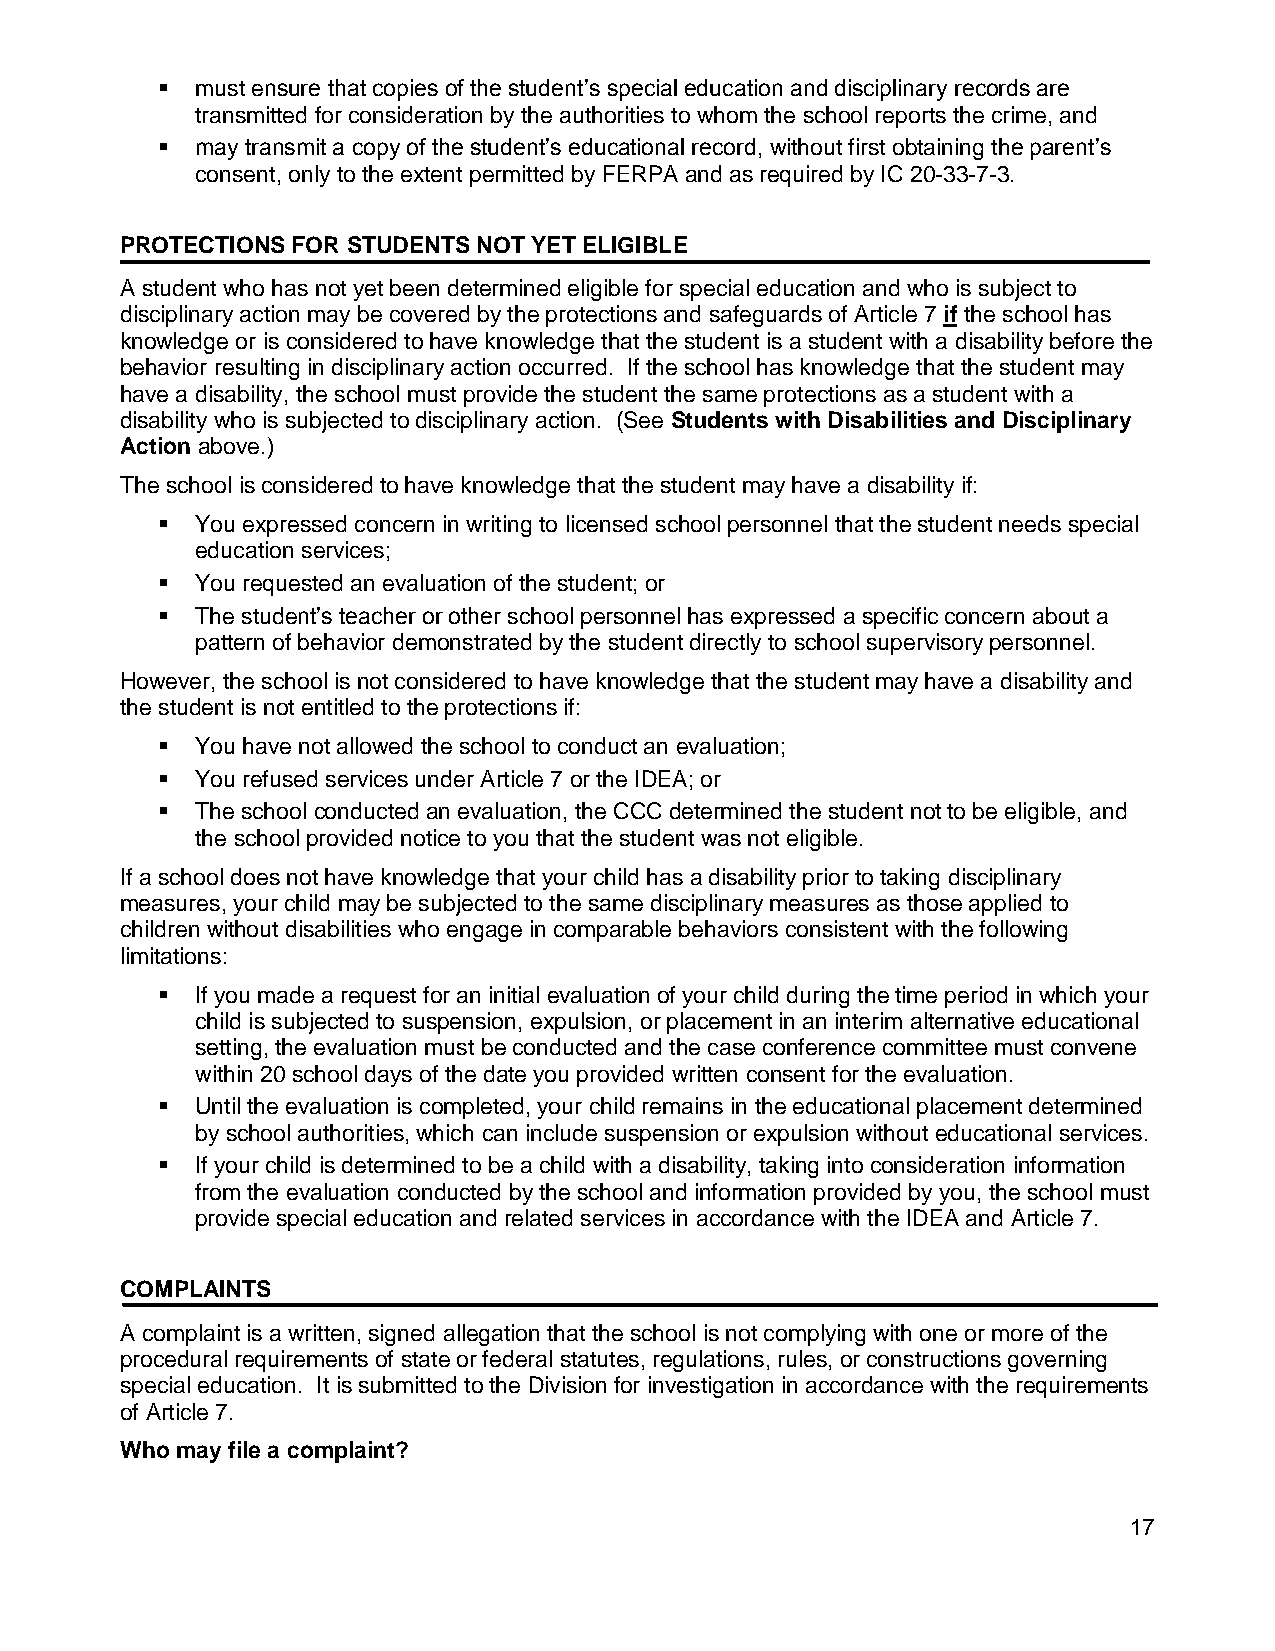
  must ensure that copies of the student’s special education and disciplinary records are
 transmitted for consideration by the authorities to whom the school reports the crime, and
   may transmit a copy of the student’s educational record, without first obtaining the parent’s
 consent, only to the extent permitted by FERPA and as required by IC 20-33-7-3.
 PROTECTIONS FOR STUDENTS NOT YET ELIGIBLE
 A student who has not yet been determined eligible for special education and who is subject to
 disciplinary action may be covered by the protections and safeguards of Article 7 if the school has
 knowledge or is considered to have knowledge that the student is a student with a disability before the
 behavior resulting in disciplinary action occurred. If the school has knowledge that the student may
 have a disability, the school must provide the student the same protections as a student with a
 disability who is subjected to disciplinary action. (See Students with Disabilities and Disciplinary
 Action above.)
 The school is considered to have knowledge that the student may have a disability if:
   You expressed concern in writing to licensed school personnel that the student needs special
 education services;
   You requested an evaluation of the student; or
   The student’s teacher or other school personnel has expressed a specific concern about a
 pattern of behavior demonstrated by the student directly to school supervisory personnel.
 However, the school is not considered to have knowledge that the student may have a disability and
 the student is not entitled to the protections if:
   You have not allowed the school to conduct an evaluation;
   You refused services under Article 7 or the IDEA; or
   The school conducted an evaluation, the CCC determined the student not to be eligible, and
 the school provided notice to you that the student was not eligible.
 If a school does not have knowledge that your child has a disability prior to taking disciplinary
 measures, your child may be subjected to the same disciplinary measures as those applied to
 children without disabilities who engage in comparable behaviors consistent with the following
 limitations:
   If you made a request for an initial evaluation of your child during the time period in which your
 child is subjected to suspension, expulsion, or placement in an interim alternative educational
 setting, the evaluation must be conducted and the case conference committee must convene
 within 20 school days of the date you provided written consent for the evaluation.
   Until the evaluation is completed, your child remains in the educational placement determined
 by school authorities, which can include suspension or expulsion without educational services.
   If your child is determined to be a child with a disability, taking into consideration information
 from the evaluation conducted by the school and information provided by you, the school must
 provide special education and related services in accordance with the IDEA and Article 7.
 COMPLAINTS
 A complaint is a written, signed allegation that the school is not complying with one or more of the
 procedural requirements of state or federal statutes, regulations, rules, or constructions governing
 special education. It is submitted to the Division for investigation in accordance with the requirements
 of Article 7.
 Who may file a complaint?
 17